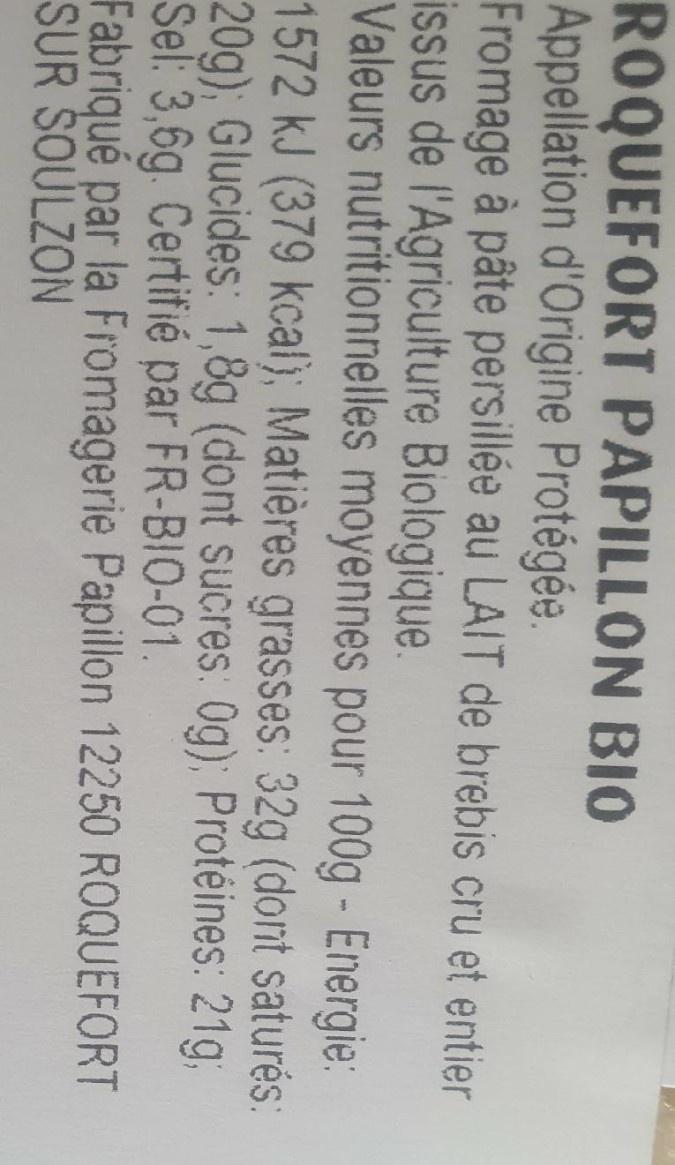
ROQUEFORT PAPILLON BIO Appellation d'Origine Protégée. Fromage à pâte persillée au LAIT de brebis cru et entier issus de l'Agriculture Biologique. Valeurs nutritionnelles moyennes pour 100g- Energie: 1572 kJ (379 kcal); Matières grasses: 32g (dont saturés: 20g); Glucides: 1,8g (dont sucres: 0g); Protéines: 21g, Sel: 3,6g. Certifié par FR-BIO-01. Fabriqué par la Fromagerie Papillon 12250 ROQUEFORT SUR ŠOÚLZON